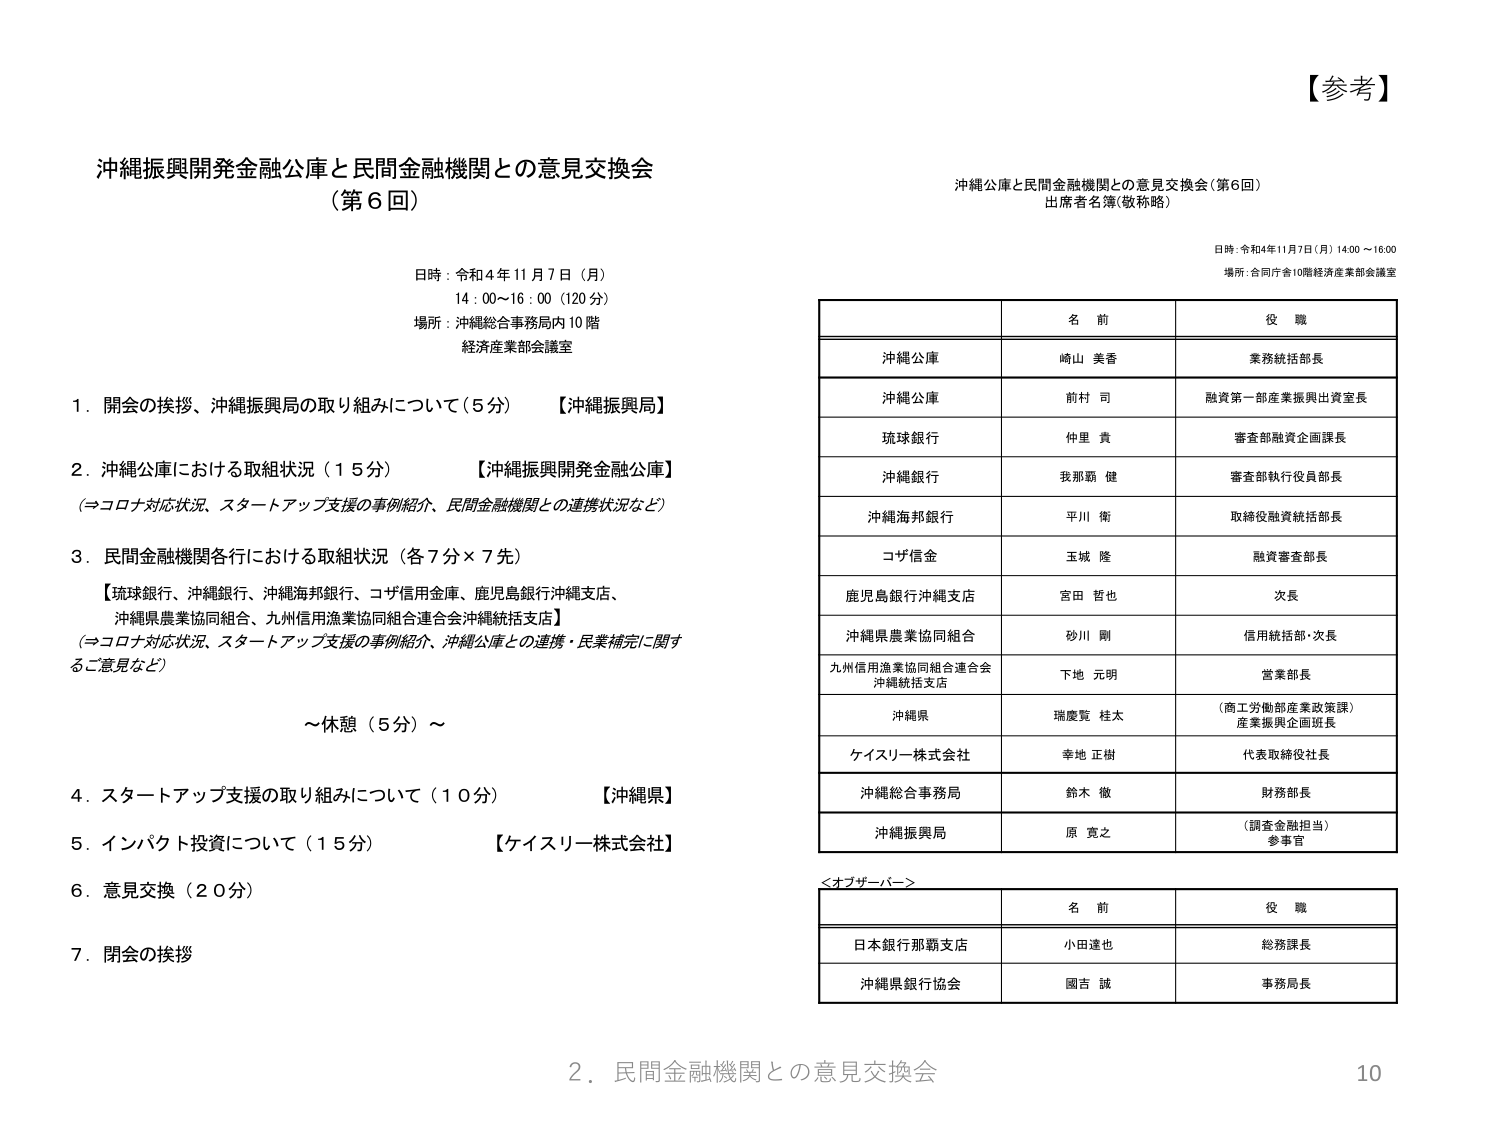
【参考】

沖縄振興開発金融公庫と民間金融機関との意見交換会
（第６回）

日時：令和４年１１月７日（月）
　　14：00～16：00（120分）
場所：沖縄総合事務局内10階
　　　経済産業部会議室

１．開会の挨拶、沖縄振興局の取り組みについて（５分）　【沖縄振興局】
２．沖縄公庫における取組状況（１５分）　【沖縄振興開発金融公庫】
　　（⇒コロナ対応状況、スタートアップ支援の事例紹介、民間金融機関との連携状況など）
３．民間金融機関各行における取組状況（各７分×７先）
　　【琉球銀行、沖縄銀行、沖縄海邦銀行、コザ信用金庫、鹿児島銀行沖縄支店、
　　 沖縄県農業協同組合、九州信用漁業協同組合連合会沖縄統括支店】
　　（⇒コロナ対応状況、スタートアップ支援の事例紹介、沖縄公庫との連携・民業補完に関するご意見など）
　　～休憩（５分）～
４．スタートアップ支援の取り組みについて（１０分）　【沖縄県】
５．インパクト投資について（１５分）　【ケイスリー株式会社】
６．意見交換（２０分）
７．閉会の挨拶

沖縄公庫と民間金融機関との意見交換会（第６回）
出席者名簿（敬称略）

日時：令和４年１１月７日（月）14:00～16:00
場所：合同庁舎10階経済産業部会議室

| | 名前 | 役職 |
|---|---|---|
| 沖縄公庫 | 崎山 美香 | 業務統括部長 |
| 沖縄公庫 | 前村 司 | 融資第一部産業振興出資室長 |
| 琉球銀行 | 仲里 貴 | 審査部融資企画課長 |
| 沖縄銀行 | 我那覇 健 | 審査部執行役員部長 |
| 沖縄海邦銀行 | 平川 衛 | 取締役融資統括部長 |
| コザ信金 | 玉城 隆 | 融資審査部長 |
| 鹿児島銀行沖縄支店 | 宮田 哲也 | 次長 |
| 沖縄県農業協同組合 | 砂川 剛 | 信用統括部・次長 |
| 九州信用漁業協同組合連合会<br>沖縄統括支店 | 下地 元明 | 営業部長 |
| 沖縄県 | 瑞慶覧 桂太 | （商工労働部産業政策課）<br>産業振興企画班長 |
| ケイスリー株式会社 | 幸地 正樹 | 代表取締役社長 |
| 沖縄総合事務局 | 鈴木 徹 | 財務部長 |
| 沖縄振興局 | 原 寛之 | （調査金融担当）<br>参事官 |

＜オブザーバー＞

| | 名前 | 役職 |
|---|---|---|
| 日本銀行那覇支店 | 小田達也 | 総務課長 |
| 沖縄県銀行協会 | 國吉 誠 | 事務局長 |

２．民間金融機関との意見交換会
10